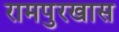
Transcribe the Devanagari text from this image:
रामपुरखास